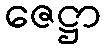
ဇေဋ္ဌာ